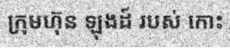
ក្រុមហ៊ុន ឡុងដ៍ របស់ កោះ